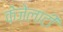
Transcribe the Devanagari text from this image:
केज़ेलाटी